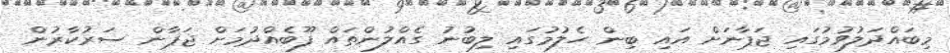
މިބައްދަލުވުމުގައި ޖަޕާނަށް އައި ބިން ހެލުމުގައި ލިބުނު ގެއްލުންތައް ފޫބެއްދުމަށް ޖަޕާން ސަރުކާރުން